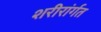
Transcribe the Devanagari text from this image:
शरीरांर्गत